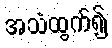
အသံထွက်၍